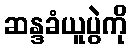
ဆန္ဒခံယူပွဲကို